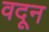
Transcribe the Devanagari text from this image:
वदून